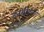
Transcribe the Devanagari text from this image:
उनबीवागो